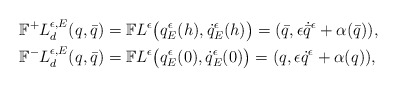
\begin{align*}\mathbb{F}^+L^{\epsilon,E}_d(q,\bar q) &= \mathbb{F}L^\epsilon\big(q^\epsilon_E(h),\dot q^\epsilon_E(h) \big)=(\bar q, \epsilon \dot{\bar q}^\epsilon+\alpha(\bar q)), \\\mathbb{F}^-L^{\epsilon,E}_d(q,\bar q) &= \mathbb{F}L^\epsilon\big(q^\epsilon_E(0),\dot q^\epsilon_E(0) \big)=(q, \epsilon \dot{q}^\epsilon+\alpha(q)),\end{align*}